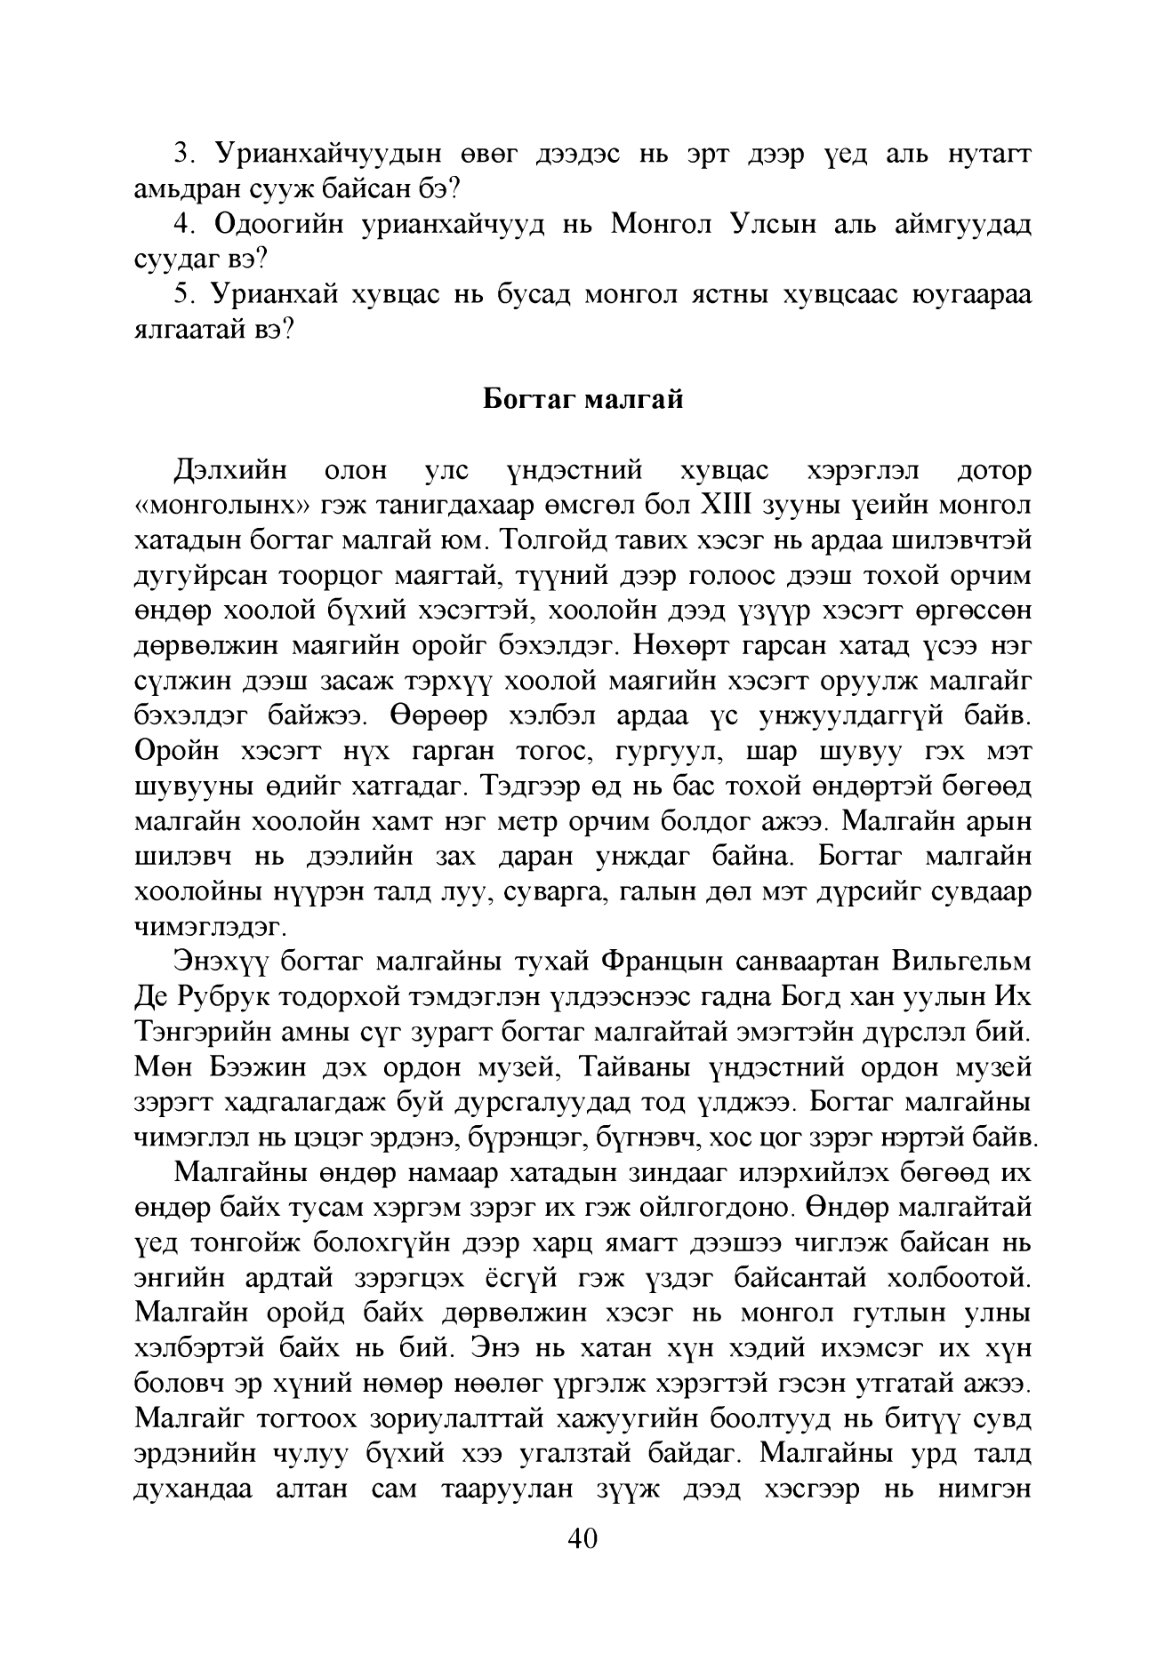
Language: mn